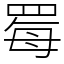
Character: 䍙